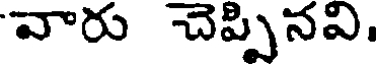
వారు చెప్పినవి.